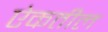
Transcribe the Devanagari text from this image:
ऐकतील